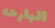
البارحه